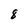
Character: 8